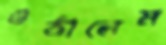
ওঠালেম